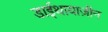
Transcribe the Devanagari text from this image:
डाईथायाज़ीन